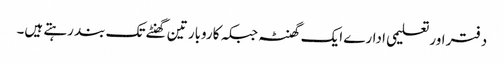
دفتر اور تعلیمی ادارے ایک گھنٹہ جبکہ کاروبار تین گھنٹے تک بند رہتے ہیں۔